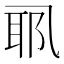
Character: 𱎉